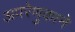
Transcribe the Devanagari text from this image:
अपरेणुकाने